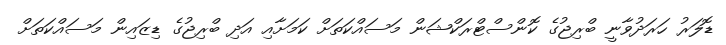
ޑޮލަރު ހަރަދުވާނީ ބްރިޖުގެ ކޮންސްޓްރަކްޝަން މަސައްކަތަށް ކަމަށާއި އަދި ބްރިޖުގެ ޑިޒައިން މަސައްކަތަށް